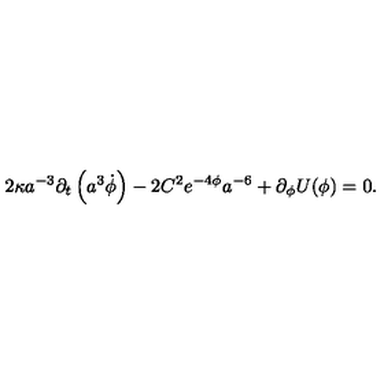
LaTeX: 2 \kappa a ^ { - 3 } \partial _ { t } \left( a ^ { 3 } \dot { \phi } \right) - 2 C ^ { 2 } e ^ { - 4 \phi } a ^ { - 6 } + \partial _ { \phi } U ( \phi ) = 0 .